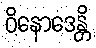
ဝိနောဒေန္တိ